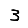
Digit: 3